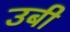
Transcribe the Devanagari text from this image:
उबी